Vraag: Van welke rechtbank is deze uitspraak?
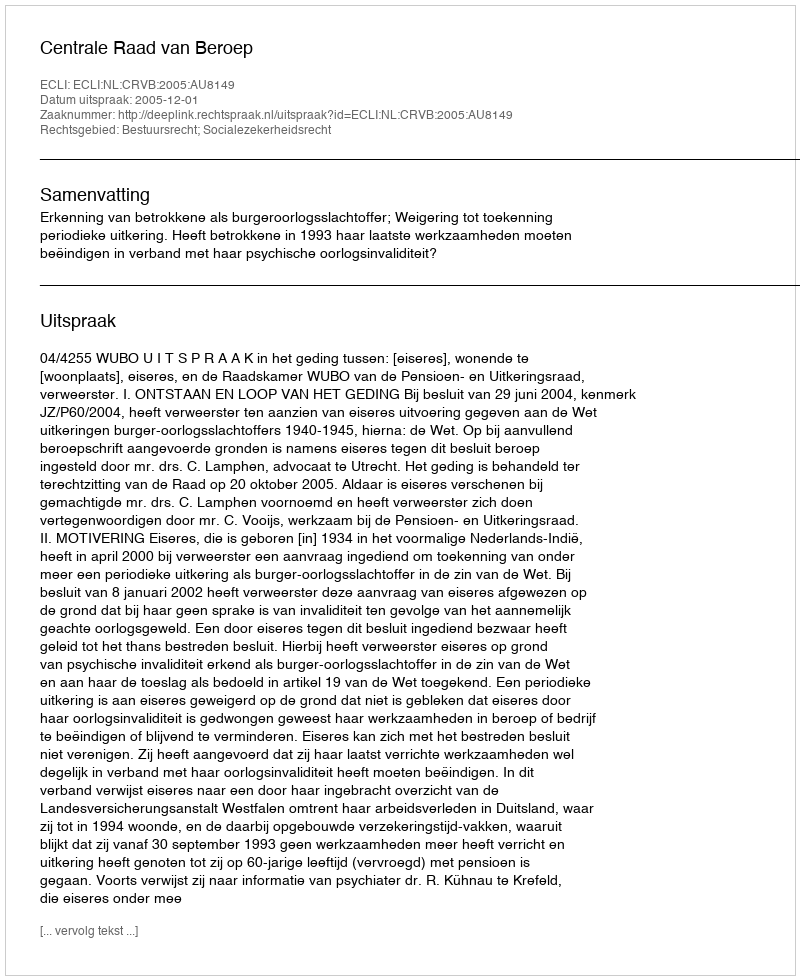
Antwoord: Centrale Raad van Beroep